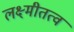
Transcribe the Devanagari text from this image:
लक्ष्मीतत्व